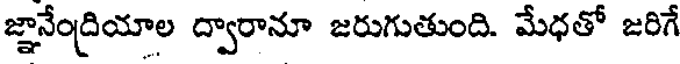
జ్ఞానేంద్రియాల ద్వారానూ జరుగుతుంది. మేధతో జరిగే